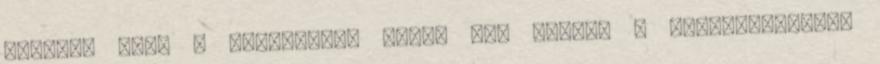
kérdés, hogy a delegáltak miért nem tudják a szakszervezeti